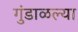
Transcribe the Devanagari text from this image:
गुंडाळल्या